Rangoon Lunatic Asylum 1878-1892 - 1878-1892
Year: 1878
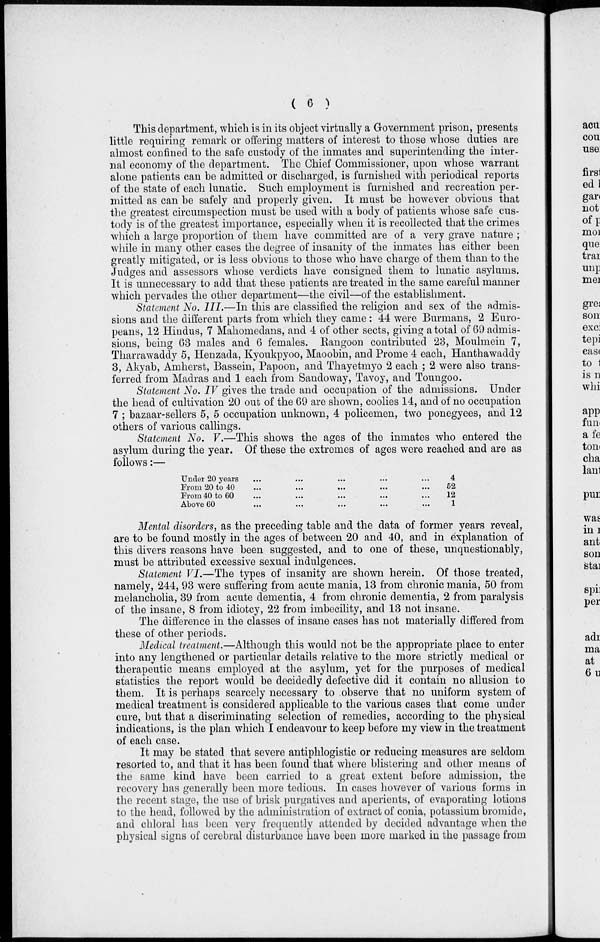
( 6 )
This department, which is in its object virtually a Government prison, presents
little requiring remark or offering matters of interest to those whose duties are
almost confined to the safe custody of the inmates and superintending the inter-
nal economy of the department. The Chief Commissioner, upon whose warrant
alone patients can be admitted or discharged, is furnished with periodical reports
of the state of each lunatic. Such employment is furnished and recreation per-
mitted as can be safely and properly given. It must be however obvious that
the greatest circumspection must be used with a body of patients whose safe cus-
tody is of the greatest importance, especially when it is recollected that the crimes
which a large proportion of them have committed are of a very grave nature ;
while in many other cases the degree of insanity of the inmates has either been
greatly mitigated, or is less obvious to those who have charge of them than to the
Judges and assessors whose verdicts have consigned them to lunatic asylums.
It is unnecessary to add that these patients are treated in the same careful manner
which pervades the other department—the civil—of the establishment.
Statement No. III.—In this are classified the religion and sex of the admis-
sions and the different parts from which they came: 44 were Burmans, 2 Euro-
peans, 12 Hindus, 7 Mahomedans, and 4 of other sects, giving a total of 69 admis-
sions, being 63 males and 6 females. Rangoon contributed 23, Moulmein 7,
Tharrawaddy 5, Henzada, Kyoukpyoo, Maoobin, and Prome 4 each, Hanthawaddy
3, Akyab, Amherst, Bassein, Papoon, and Thayetmyo 2 each ; 2 were also trans-
ferred from Madras and 1 each from Sandoway, Tavoy, and Toungoo.
Statement No. IV gives the trade and occupation of the admissions. Under
the head of cultivation 20 out of the 69 are shown, coolies 14, and of no occupation
7 ; bazaar-sellers 5, 5 occupation unknown, 4 policemen, two ponegyees, and 12
others of various callings.
Statement No. V.—This shows the ages of the inmates who entered the
asylum during the year. Of these the extremes of ages were reached and are as
follows:—
Under 20 years ... ... ... ... ...
From 20 to 40 ... ... ... ... ...
From 40 to 60 ... ... ... ... ...
Above 60 ... ... ... ... ...
4
52
12
1
Mental disorders, as the preceding table and the data of former years reveal,
are to be found mostly in the ages of between 20 and 40, and in explanation of
this divers reasons have been suggested, and to one of these, unquestionably,
must be attributed excessive sexual indulgences.
Statement VI.—The types of insanity are shown herein. Of those treated,
namely, 244, 93 were suffering from acute mania, 13 from chronic mania, 50 from
melancholia, 39 from acute dementia, 4 from chronic dementia, 2 from paralysis
of the insane, 8 from idiotcy, 22 from imbecility, and 13 not insane.
The difference in the classes of insane cases has not materially differed from
these of other periods.
Medical treatment.—Although this would not be the appropriate place to enter
into any lengthened or particular details relative to the more strictly medical or
therapeutic means employed at the asylum, yet for the purposes of medical
statistics the report would be decidedly defective did it contain no allusion to
them. It is perhaps scarcely necessary to observe that no uniform system of
medical treatment is considered applicable to the various cases that come under
cure, but that a discriminating selection of remedies, according to the physical
indications, is the plan which I endeavour to keep before my view in the treatment
of each case.
It may be stated that severe antiphlogistic or reducing measures are seldom
resorted to, and that it has been found that where blistering and other means of
the same kind have been carried to a great extent before admission, the
recovery has generally been more tedious. In cases however of various forms in
the recent stage, the use of brisk purgatives and aperients, of evaporating lotions
to the head, followed by the administration of extract of conia, potassium bromide,
and chloral has been very frequently attended by decided advantage when the
physical signs of cerebral disturbance have been more marked in the passage from